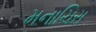
મનાચિરા